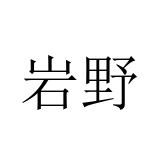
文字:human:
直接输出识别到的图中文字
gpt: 岩野